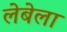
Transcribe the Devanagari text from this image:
लेबेला